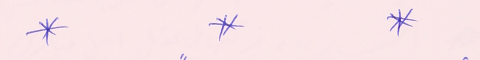
*		*		*